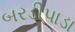
બરડીપાડા